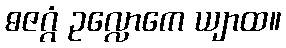
ဓဇဂ္ဂံ ဥလ္လောကေ ယျာထ။